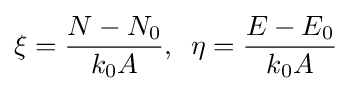
\xi ={\frac {N-N_{0}}{k_{0}A}},\,\,\,\eta ={\frac {E-E_{0}}{k_{0}A}}